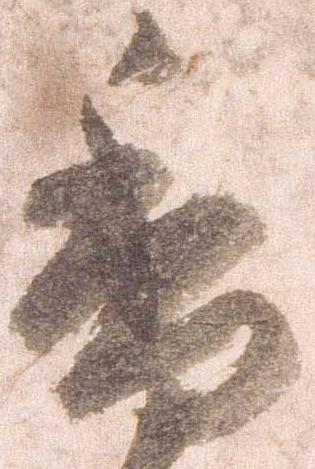
香